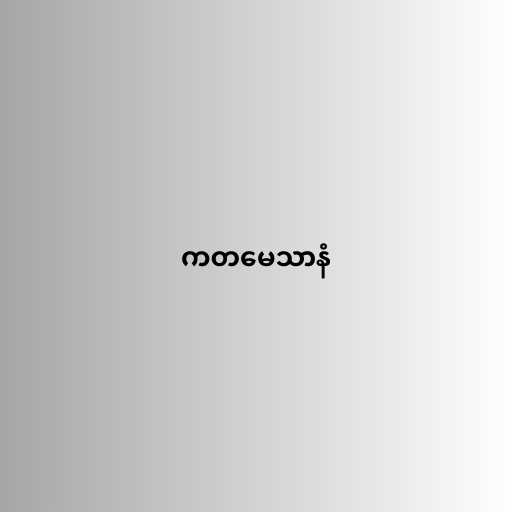
ကတမေသာနံ